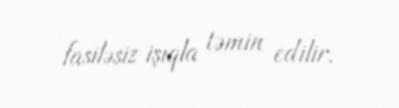
fasiləsiz işıqla təmin edilir.